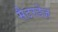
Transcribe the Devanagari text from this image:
सैटरडेज़